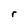
Character: r